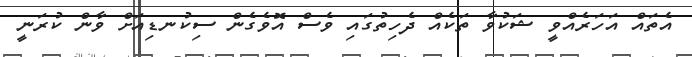
އެތައް އަހަރެއްވީ ޝަކުވާ ތަކެއް ދެހިތުގައި ވެސް އޮވެގެން ސިކުނޑިއަށް ވާން ކުރަނީ